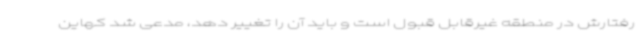
رفتارش در منطقه غیرقابل قبول است و باید آن را تغییر دهد، مدعی شد کهاین